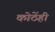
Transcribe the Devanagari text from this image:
कोठेंही